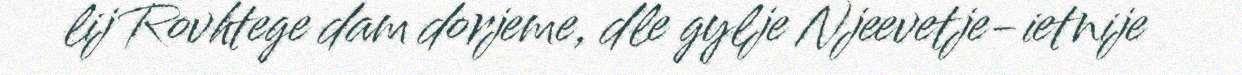
lij Rovhtege dam dorjeme, dle gylje Njeevetje-ietnije